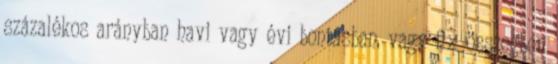
százalékos arányban havi vagy évi bontásban, vagy fix összegben